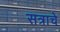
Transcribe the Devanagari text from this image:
सत्राचे